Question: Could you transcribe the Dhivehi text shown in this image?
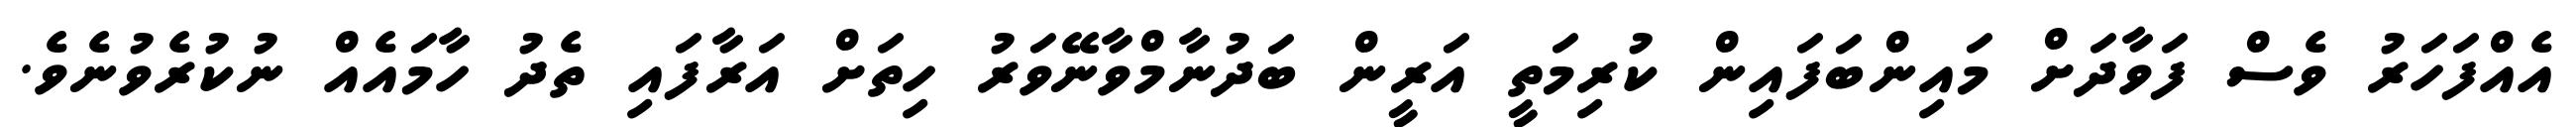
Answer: އެއްފަހަރު ވެސް ފަވާދަށް މައިންބަފައިން ކުރިމަތީ އަރީން ބަދުނާމްވާނޭވަރު ހިތަށް އަރާފައި ތެދު ހާމައެއް ނުކުރެވުނެވެ.